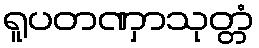
ရူပတဏှာသုတ္တံ